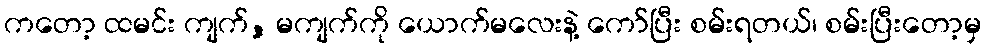
ကတော့ ထမင်း ကျက်, မကျက်ကို ယောက်မလေးနဲ့ ကော်ပြီး စမ်းရတယ်၊ စမ်းပြီးတော့မှ